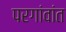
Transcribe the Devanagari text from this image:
परगांवांत